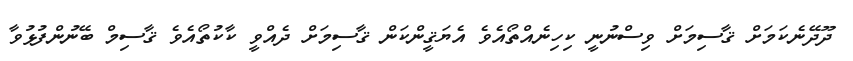
ދޫދޭނެކަމަށް ޤާސިމަށް ވިސްނުނީ ކިހިނެއްތޯއެވެ އެޔަޤީންކަން ޤާސިމަށް ދެއްވީ ކާކުތޯއެވެ ޤާސިމް ބޭނުންފުޅުވާ